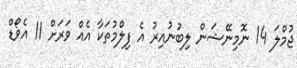
ޖުމްލަ 14 ނޮމިނޭޝަން ލިބުނުއިރު އެ ފިލްމުތަކާ އެއް ވަރަށް 11 އެވޯޑް